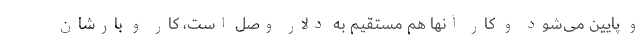
و پایین می‌شود و کار آنها هم مستقیم به دلار وصل است، کار و بارشان